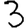
Digit: 3